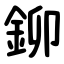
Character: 鉚